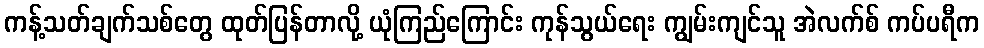
ကန့်သတ်ချက်သစ်တွေ ထုတ်ပြန်တာလို့ ယုံကြည်ကြောင်း ကုန်သွယ်ရေး ကျွမ်းကျင်သူ အဲလက်စ် ကပ်ပရီက